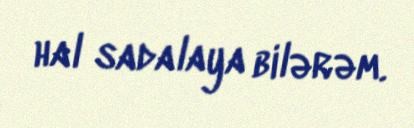
hal sadalaya bilərəm.